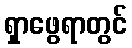
ရှာဖွေရာတွင်